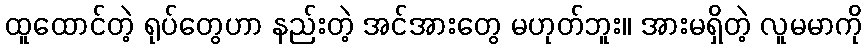
ထူထောင်တဲ့ ရုပ်တွေဟာ နည်းတဲ့ အင်အားတွေ မဟုတ်ဘူး။ အားမရှိတဲ့ လူမမာကို